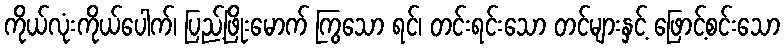
ကိုယ်လုံးကိုယ်ပေါက်၊ ပြည့်ဖြိုးမောက် ကြွသော ရင်၊ တင်းရင်းသော တင်များနှင့် ဖြောင့်စင်းသော